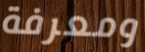
ومعرفة